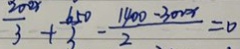
\frac { 2 0 2 x } { 3 } + \frac { 6 5 0 } { 3 } - \frac { 1 4 0 0 - 3 0 2 x } { 2 } = 0